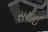
સગાઈ